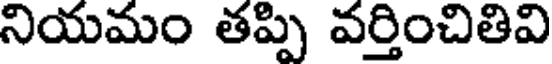
నియమం తప్పి వర్తించితివి